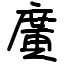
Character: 廣